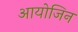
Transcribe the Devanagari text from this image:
आयोजिन